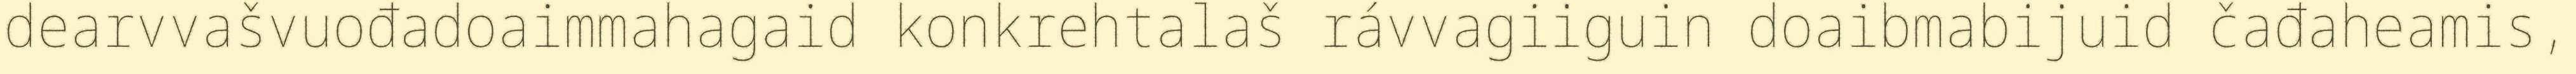
dearvvašvuođadoaimmahagaid konkrehtalaš rávvagiiguin doaibmabijuid čađaheamis,